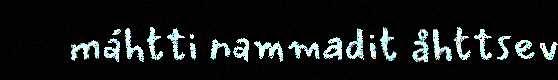
máhtti nammadit åhttsev